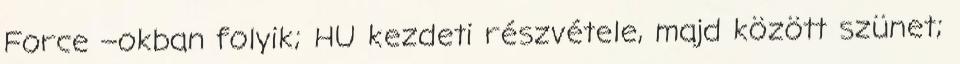
Force –okban folyik; HU kezdeti részvétele, majd között szünet;